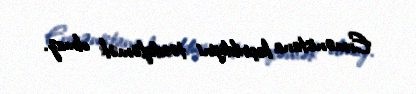
Ermənistana keçirildiyini təsdiqləmək olmaz.